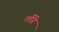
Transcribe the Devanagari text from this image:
लीरे